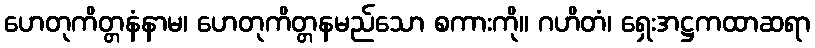
ဟေတုကိတ္တနံနာမ၊ ဟေတုကိတ္တနမည်သော စကားကို။ ဂဟိတံ၊ ရှေးအဋ္ဌကထာဆရာ